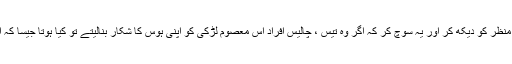
روح لرز رہی ہے اس منظر کو دیکھ کر اور یہ سوچ کر کہ اگر وہ تیس ، چالیس افراد اس معصوم لڑکی کو اپنی ہوس کا شکار بنالیتے تو کیا ہوتا جیسا کہ ان حالات میں ہوتا ہے۔